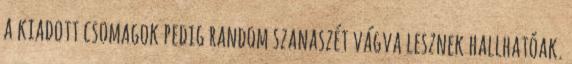
a kiadott csomagok pedig random szanaszét vágva lesznek hallhatóak.